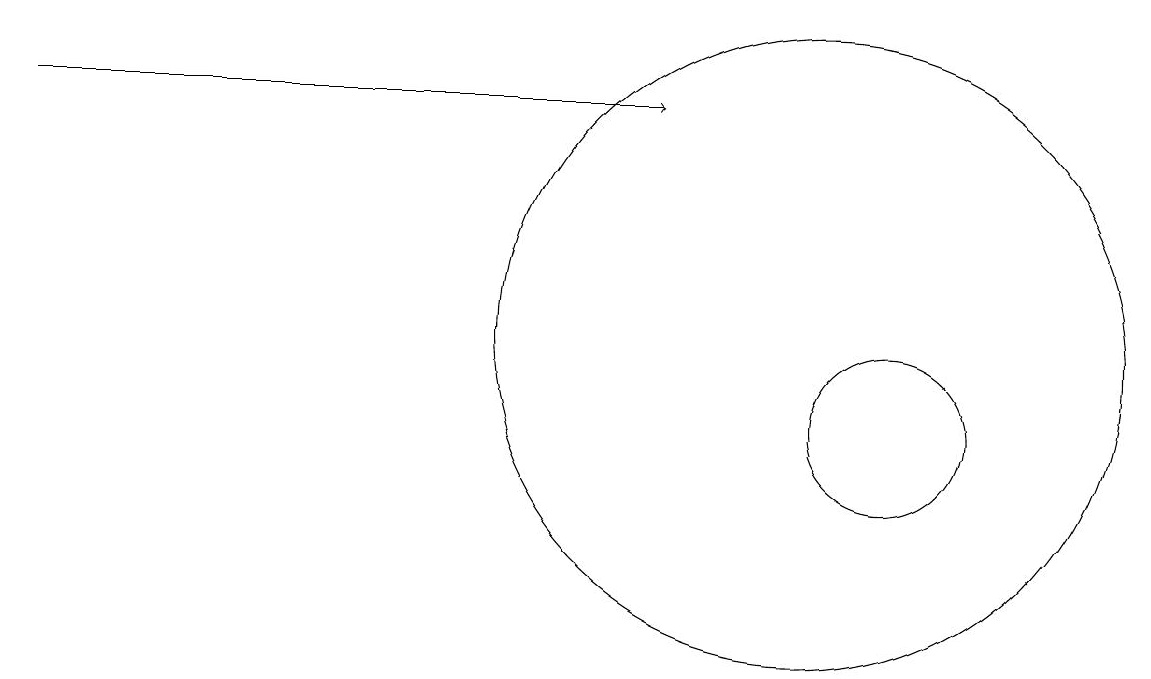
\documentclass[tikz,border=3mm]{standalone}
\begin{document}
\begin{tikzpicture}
\draw (11,10) circle (1);
\draw (10,11) circle (4);
\draw[->] (0,14) -- (8,14);
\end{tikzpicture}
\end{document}